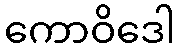
ကောဝိဒေါ